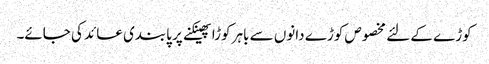
کوڑے کے لئے مخصوص کوڑے دانوں سے باہر کوڑا پھینکنے پر پابندی عائد کی جائے۔